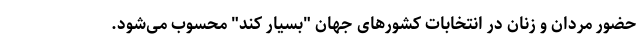
حضور مردان و زنان در انتخابات کشورهای جهان "بسیار کند" محسوب می‌شود.